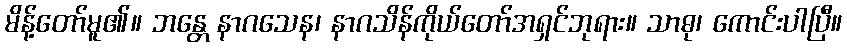
မိန့်တော်မူ၏။ ဘန္တေ နာဂသေန၊ နာဂသိန်ကိုယ်တော်အရှင်ဘုရား။ သာဓု၊ ကောင်းပါပြီ။